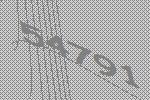
54791